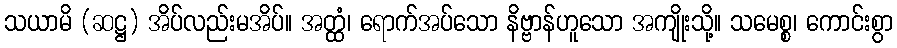
သယာမိ (ဆဋ္ဌ) အိပ်လည်းမအိပ်။ အတ္ထံ၊ ရောက်အပ်သော နိဗ္ဗာန်ဟူသော အကျိုးသို့။ သမေစ္စ၊ ကောင်းစွာ